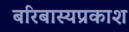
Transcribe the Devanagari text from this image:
बरिबास्यप्रकाश